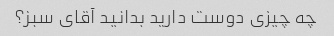
چه چیزی دوست دارید بدانید آقای سبز؟